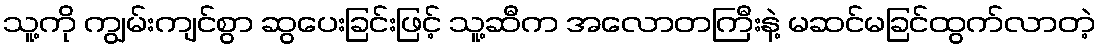
သူ့ကို ကျွမ်းကျင်စွာ ဆွပေးခြင်းဖြင့် သူ့ဆီက အလောတကြီးနဲ့ မဆင်မခြင်ထွက်လာတဲ့